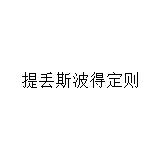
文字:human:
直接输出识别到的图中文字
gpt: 提丢斯波得定则